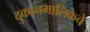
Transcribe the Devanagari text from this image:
दुकानमालिकेचे